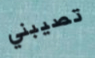
تصيبني